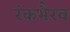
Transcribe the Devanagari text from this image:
रंकभैरव